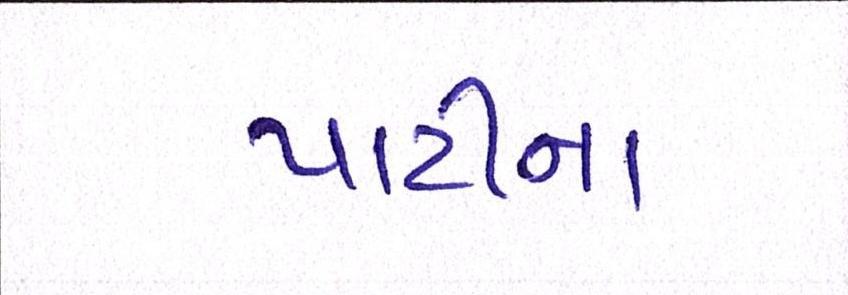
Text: પાર્ટીનાં